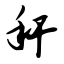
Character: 秆